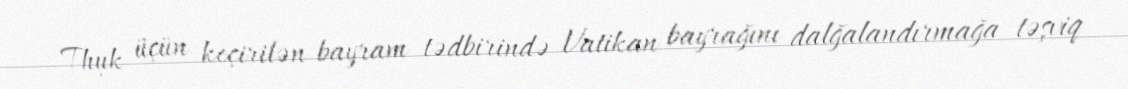
Thụk üçün keçirilən bayram tədbirində Vatikan bayrağını dalğalandırmağa təşviq